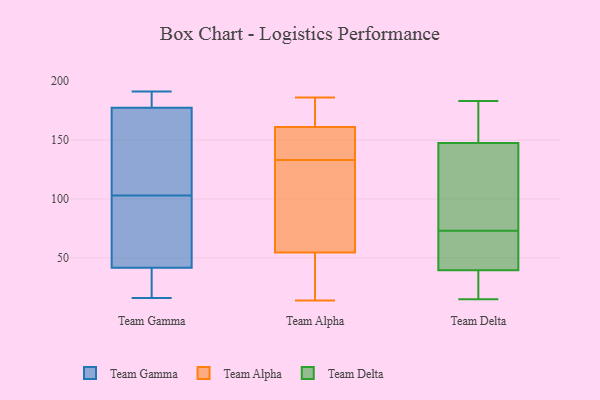
{"axis": {"x": "Page Views", "y": "Value"}, "legend": ["Team Alpha", "Team Delta", "Team Gamma"], "data": [{"x": "", "y": 40, "type": "Team Gamma"}, {"x": "", "y": 103, "type": "Team Gamma"}, {"x": "", "y": 30, "type": "Team Gamma"}, {"x": "", "y": 30, "type": "Team Gamma"}, {"x": "", "y": 191, "type": "Team Gamma"}, {"x": "", "y": 182, "type": "Team Gamma"}, {"x": "", "y": 129, "type": "Team Gamma"}, {"x": "", "y": 80, "type": "Team Gamma"}, {"x": "", "y": 190, "type": "Team Gamma"}, {"x": "", "y": 72, "type": "Team Gamma"}, {"x": "", "y": 140, "type": "Team Gamma"}, {"x": "", "y": 179, "type": "Team Gamma"}, {"x": "", "y": 47, "type": "Team Gamma"}, {"x": "", "y": 190, "type": "Team Gamma"}, {"x": "", "y": 146, "type": "Team Gamma"}, {"x": "", "y": 16, "type": "Team Gamma"}, {"x": "", "y": 32, "type": "Team Gamma"}, {"x": "", "y": 172, "type": "Team Gamma"}, {"x": "", "y": 83, "type": "Team Gamma"}, {"x": "", "y": 133, "type": "Team Alpha"}, {"x": "", "y": 49, "type": "Team Alpha"}, {"x": "", "y": 185, "type": "Team Alpha"}, {"x": "", "y": 77, "type": "Team Alpha"}, {"x": "", "y": 179, "type": "Team Alpha"}, {"x": "", "y": 20, "type": "Team Alpha"}, {"x": "", "y": 50, "type": "Team Alpha"}, {"x": "", "y": 151, "type": "Team Alpha"}, {"x": "", "y": 141, "type": "Team Alpha"}, {"x": "", "y": 152, "type": "Team Alpha"}, {"x": "", "y": 186, "type": "Team Alpha"}, {"x": "", "y": 79, "type": "Team Alpha"}, {"x": "", "y": 14, "type": "Team Alpha"}, {"x": "", "y": 164, "type": "Team Alpha"}, {"x": "", "y": 68, "type": "Team Alpha"}, {"x": "", "y": 174, "type": "Team Delta"}, {"x": "", "y": 43, "type": "Team Delta"}, {"x": "", "y": 52, "type": "Team Delta"}, {"x": "", "y": 183, "type": "Team Delta"}, {"x": "", "y": 36, "type": "Team Delta"}, {"x": "", "y": 154, "type": "Team Delta"}, {"x": "", "y": 29, "type": "Team Delta"}, {"x": "", "y": 97, "type": "Team Delta"}, {"x": "", "y": 15, "type": "Team Delta"}, {"x": "", "y": 176, "type": "Team Delta"}, {"x": "", "y": 70, "type": "Team Delta"}, {"x": "", "y": 141, "type": "Team Delta"}, {"x": "", "y": 122, "type": "Team Delta"}, {"x": "", "y": 76, "type": "Team Delta"}, {"x": "", "y": 33, "type": "Team Delta"}, {"x": "", "y": 47, "type": "Team Delta"}]}